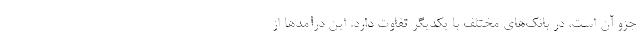
جزو آن است، در بانک‌های مختلف با یکدیگر تفاوت دارد. این درآمدها از